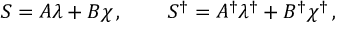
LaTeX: S = A \lambda + B \chi \, , \qquad \, S ^ { \dagger } = A ^ { \dagger } \lambda ^ { \dagger } + B ^ { \dagger } \chi ^ { \dagger } \, ,